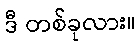
ဒီ တစ်ခုလား။